Vaccination in Bombay 1863-1868 - 1863-1868
Year: 1863
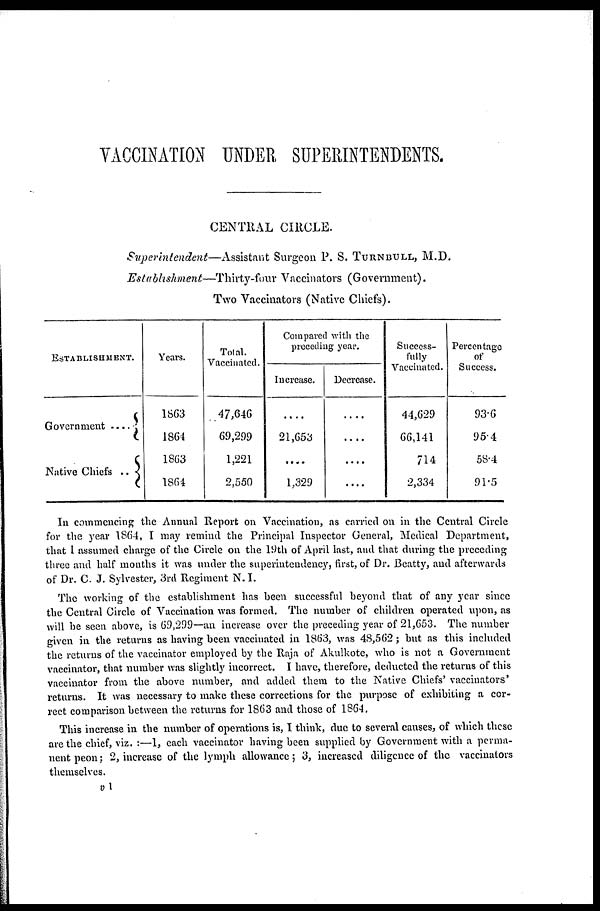
VACCINATION UNDER SUPERINTENDENTS.
CENTRAL CIRCLE.
Superintendent—Assistant
Surgeon P. S. TURNBULL, M.D.
Establishment—Thirty-four
Vaccinators (Government).
Two Vaccinators (Native Chiefs).
ESTABLISHMENT.
Government
....
Native Chiefs
..
Years.
1863
1864
1863
1864
Total.
Vaccinated.
47,646
69,299
1,221
2,550
Compared with the
preceding year.
Increase.
....
21,653
....
1,329
Decrease.
....
....
....
....
Success-
fully
Vaccinated.
44,629
66,141
714
2,334
Percentage
of
Success.
93.6
95.4
58.4
91.5
In commencing the Annual Report on Vaccination, as carried on in the Central Circle
for the year 1864, I may remind the Principal Inspector General, Medical Department,
that I assumed charge of the Circle on the 19th of April last, and that during the preceding
three and half months it was under the superintendency, first, of Dr. Beatty, and afterwards
of Dr. C. J. Sylvester, 3rd Regiment N. I.
The working of the establishment has been successful beyond that of any year since
the Central Circle of Vaccination was formed. The number of children operated upon, as
will be seen above, is 69,299—an increase over the preceding year of 21,653. The number
given in the returns as having been vaccinated in 1863, was 48,562; but as this included
the returns of the vaccinator employed by the Raja of Akulkote, who is not a Government
vaccinator, that number was slightly incorrect. I have, therefore, deducted the returns of this
vaccinator from the above number, and added them to the Native Chiefs' vaccinators'
returns. It was necessary to make these corrections for the purpose of exhibiting a cor-
rect comparison between the returns for 1863 and those of 1864.
This increase in the number of operations is, I think, due to several causes, of which these
are the chief, viz. :—1, each vaccinator having been supplied by Government with a perma-
nent peon; 2, increase of the lymph allowance; 3, increased diligence of the vaccinators
themselves.
v 1